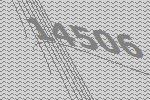
14506